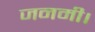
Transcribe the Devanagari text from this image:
जनमी।